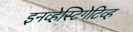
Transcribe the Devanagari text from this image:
इनव्हेस्टिगेटिव्ह